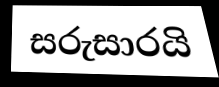
සරුසාරයි